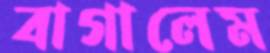
বাগালেম